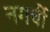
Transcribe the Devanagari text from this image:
नगर्ची